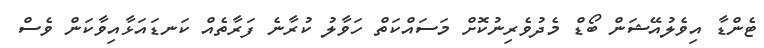
ޓެންޑާ އިވެލުއޭޝަން ބޯޑް މެދުވެރިނުކޮށް މަސައްކަތް ހަވާލު ކުރާނެ ފަރާތެއް ކަނޑައަޅާއިވާކަން ވެސް